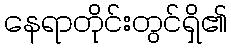
နေရာတိုင်းတွင်ရှိ၏